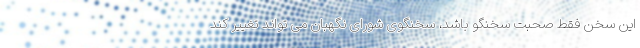
این سخن فقط صحبت سخنگو باشد، سخنگوی شورای نگهبان می تواند تغییر کند